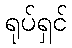
ရုပ်ရှင်